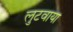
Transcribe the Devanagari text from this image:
लुटवाया